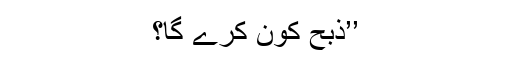
’’ذبح کون کرے گا؟